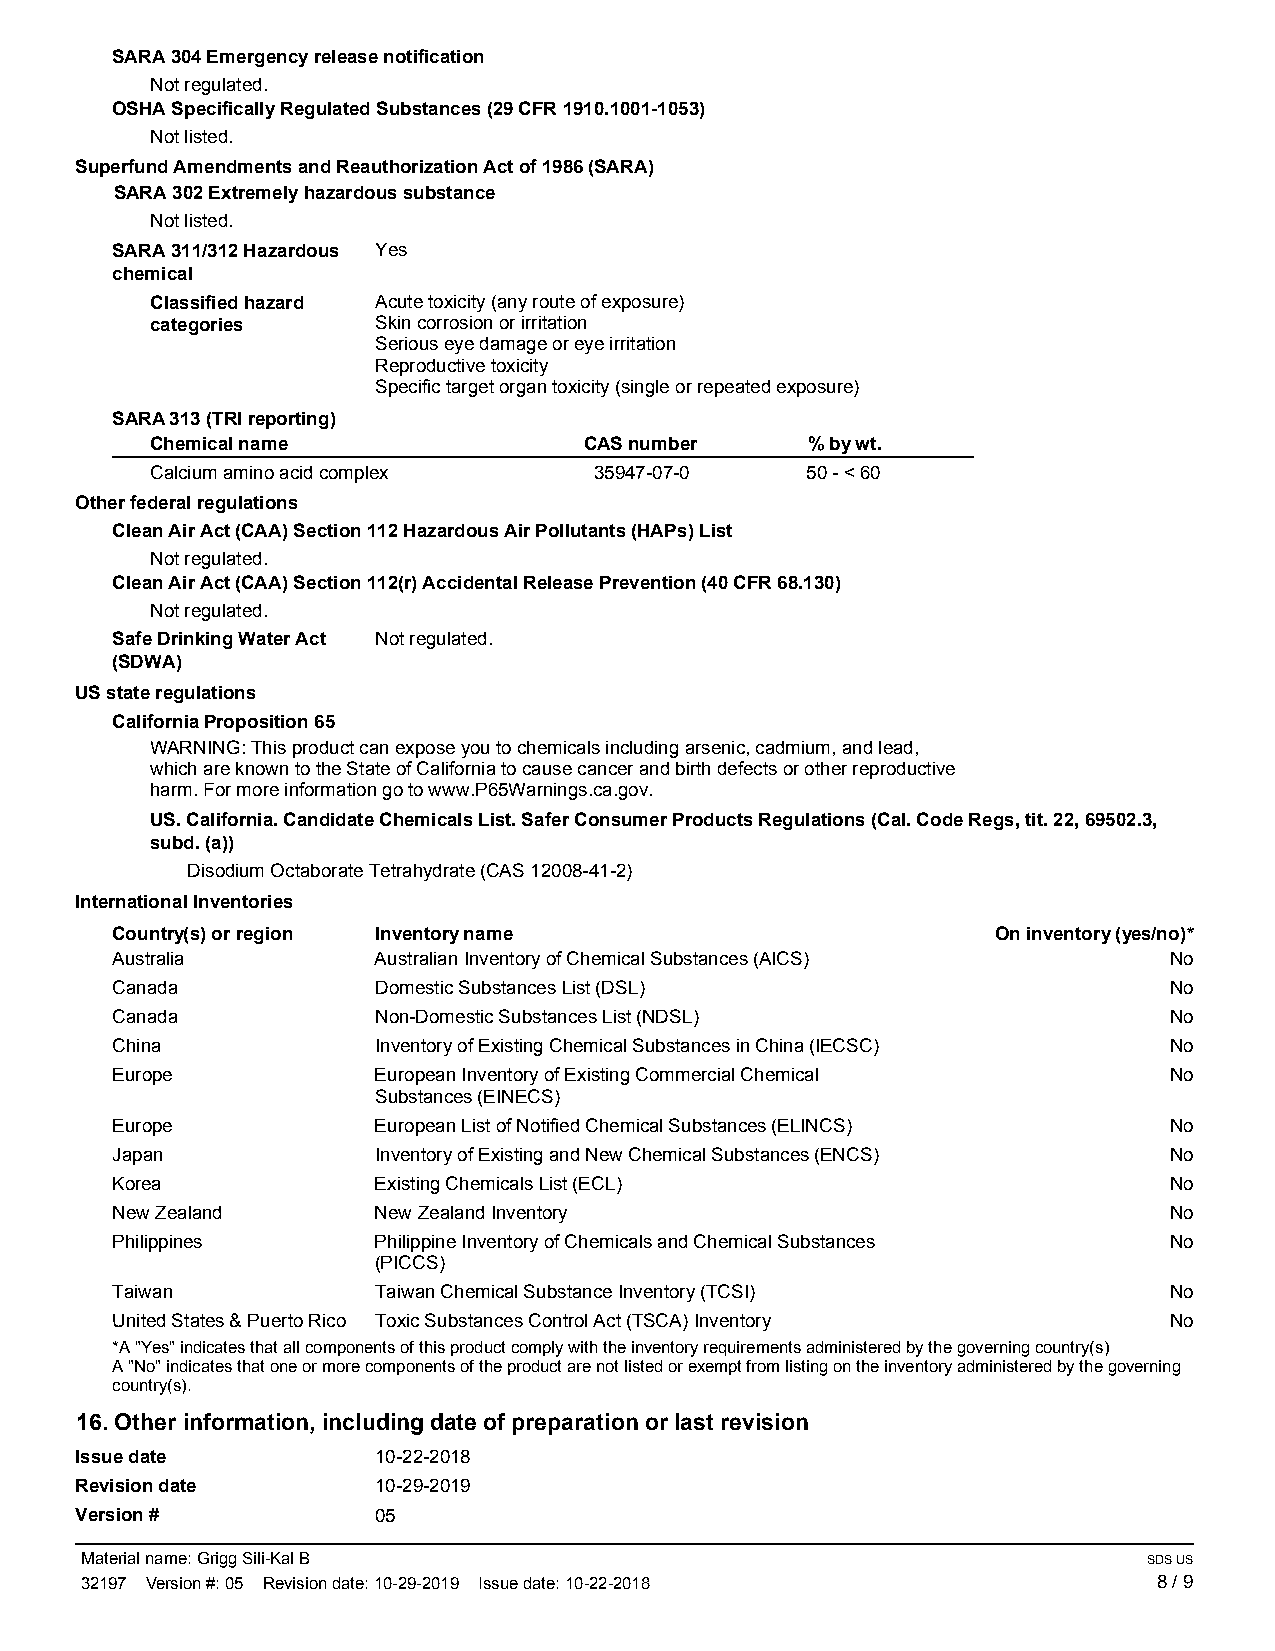
SARA 304 Emergency release notification
 Not regulated.
 OSHA Specifically Regulated Substances (29 CFR 1910.1001-1053)
 Not listed.
 Superfund Amendments and Reauthorization Act of 1986 (SARA)
 SARA 302 Extremely hazardous substance
 Not listed.
 SARA 311/312 Hazardous Yes
 chemical
 Classified hazard Acute toxicity (any route of exposure)
 categories     Skin corrosion or irritation
 Serious eye damage or eye irritation
 Reproductive toxicity
 Specific target organ toxicity (single or repeated exposure)
 SARA 313 (TRI reporting)
 Chemical name                CAS number    % by wt.
 Calcium amino acid complex   35947-07-0    50 - < 60
 Other federal regulations
 Clean Air Act (CAA) Section 112 Hazardous Air Pollutants (HAPs) List
 Not regulated.
 Clean Air Act (CAA) Section 112(r) Accidental Release Prevention (40 CFR 68.130)
 Not regulated.
 Safe Drinking Water Act Not regulated.
 (SDWA)
 US state regulations
 California Proposition 65
 WARNING: This product can expose you to chemicals including arsenic, cadmium, and lead,
 which are known to the State of California to cause cancer and birth defects or other reproductive
 harm. For more information go to www.P65Warnings.ca.gov.
 US. California. Candidate Chemicals List. Safer Consumer Products Regulations (Cal. Code Regs, tit. 22, 69502.3,
 subd. (a))
 Disodium Octaborate Tetrahydrate (CAS 12008-41-2)
 International Inventories
 Country(s) or region Inventory name                        On inventory (yes/no)*
 Australia         Australian Inventory of Chemical Substances (AICS)  No
 Canada            Domestic Substances List (DSL)                      No
 Canada            Non-Domestic Substances List (NDSL)                 No
 China             Inventory of Existing Chemical Substances in China (IECSC) No
 Europe            European Inventory of Existing Commercial Chemical  No
 Substances (EINECS)
 Europe            European List of Notified Chemical Substances (ELINCS) No
 Japan             Inventory of Existing and New Chemical Substances (ENCS) No
 Korea             Existing Chemicals List (ECL)                       No
 New Zealand       New Zealand Inventory                               No
 Philippines       Philippine Inventory of Chemicals and Chemical Substances No
 (PICCS)
 Taiwan            Taiwan Chemical Substance Inventory (TCSI)          No
 United States & Puerto Rico Toxic Substances Control Act (TSCA) Inventory No
 *A "Yes" indicates that all components of this product comply with the inventory requirements administered by the governing country(s)
 A "No" indicates that one or more components of the product are not listed or exempt from listing on the inventory administered by the governing
 country(s).
 16. Other information, including date of preparation or last revision
 Issue date          10-22-2018
 Revision date       10-29-2019
 Version #           05
 Material name: Grigg Sili-Kal B                                        SDS US
 32197 Version #: 05 Revision date: 10-29-2019 Issue date: 10-22-2018    8 / 9